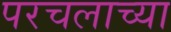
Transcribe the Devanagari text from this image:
परचलाच्या